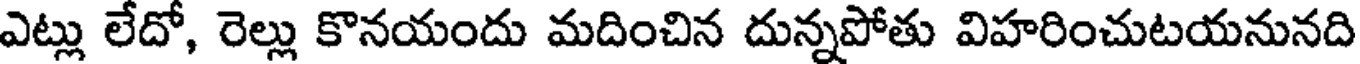
ఎట్లు లేదో, రెల్లు కొనయందు మదించిన దున్నపోతు విహరించుటయనునది